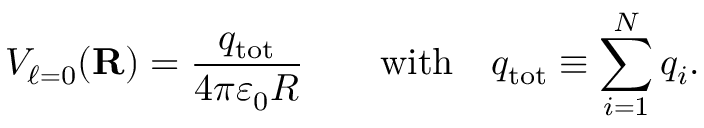
V _ { \ell = 0 } ( \mathbf { R } ) = { \frac { q _ { \mathrm { t o t } } } { 4 \pi \varepsilon _ { 0 } R } } \qquad { \mathrm { w i t h } } \quad q _ { \mathrm { t o t } } \equiv \sum _ { i = 1 } ^ { N } q _ { i } .